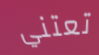
تعتني